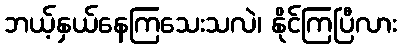
ဘယ့်နှယ်နေကြသေးသလဲ၊ နိုင်ကြပြီလား